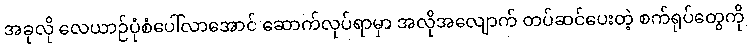
အခုလို လေယာဉ်ပုံစံပေါ်လာအောင် ဆောက်လုပ်ရာမှာ အလိုအလျောက် တပ်ဆင်ပေးတဲ့ စက်ရုပ်တွေကို